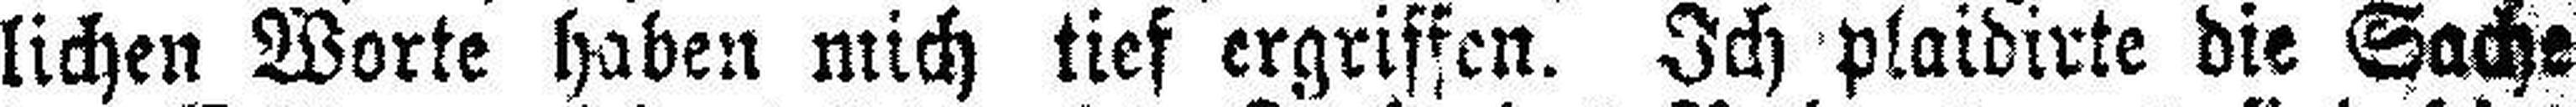
lichen Worte haben mich tief ergriffen. Ich plaidirte die Sache